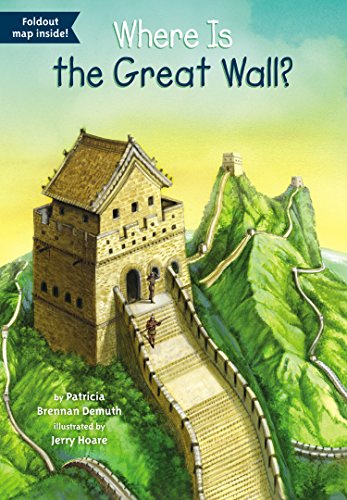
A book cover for Where Is the Great Wall?; Patricia Brennan Demuth; Children's Books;